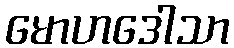
မောဟဒေါသာ